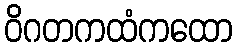
ဝိဂတကထံကထော